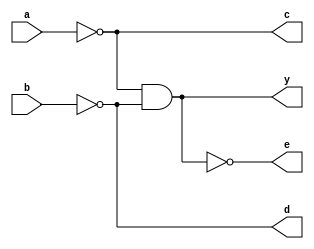
module norgate(a,b,c,d,e,y);
input a,b;
output c,d,e,y;
nand nand1(c,a,a);
nand nand2(d,b,b);
nand nand3(e,c,d);
nand nand4(y,e,e);
endmodule